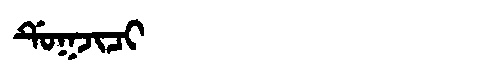
Manchu: ᡩᡠᡴᠵᡳᠴᡳ
Romanization: DUKJICI